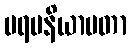
ပရမနိယာမတာ